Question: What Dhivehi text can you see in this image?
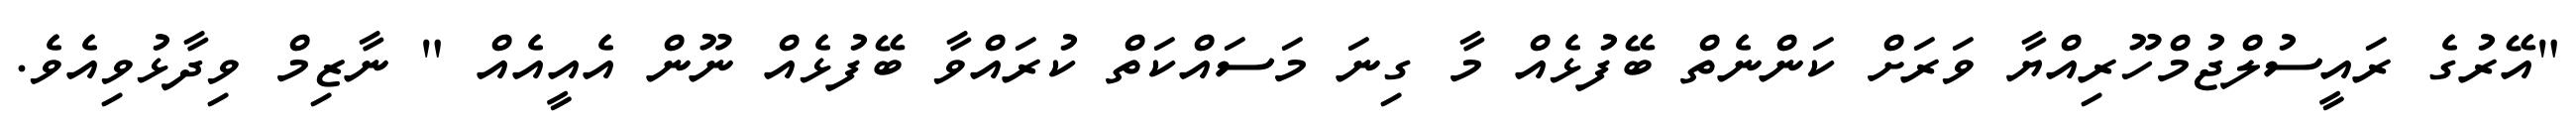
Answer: "އޭރުގެ ރައީސުލްޖުމްހޫރިއްޔާ ވަރަށް ކަންނެތް ބޭފުޅެއް މާ ގިނަ މަސައްކަތް ކުރައްވާ ބޭފުޅެއް ނޫން އެއީއެއް " ނާޒިމް ވިދާޅުވިއެވެ.